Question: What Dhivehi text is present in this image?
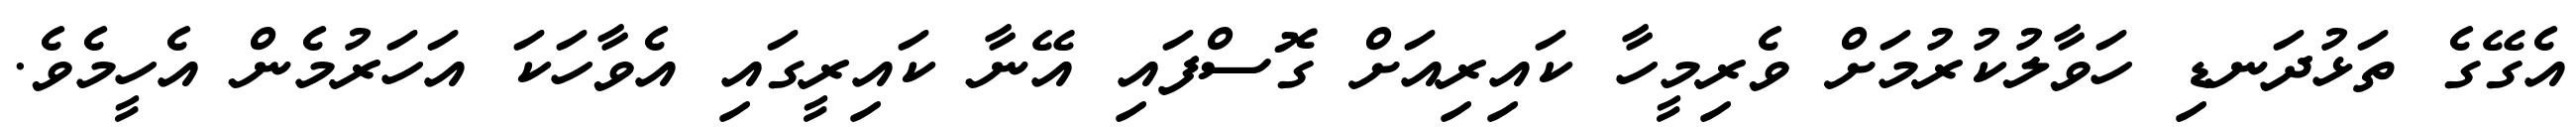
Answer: އެގޭގެ ތަޅުދަނޑި ހަވާލުކުރުމަށް ވެރިމީހާ ކައިރިއަށް ގޮސްފައި އޭނާ ކައިރީގައި އެވާހަކަ އަހަރުމެން އެހީމެވެ.